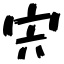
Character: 宍